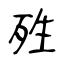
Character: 殅